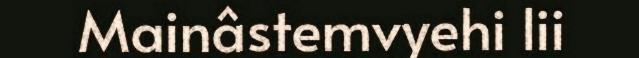
Mainâstemvyehi lii